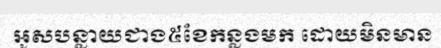
អូសបន្លាយជាង៥ខែកន្លងមក ដោយមិនមាន